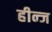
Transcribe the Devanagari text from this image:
हीन्ज